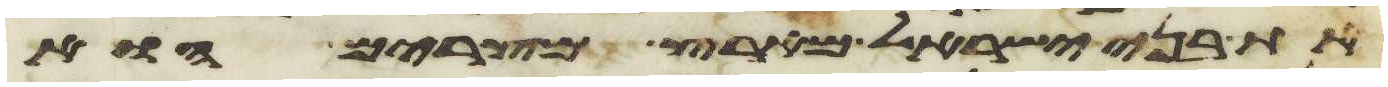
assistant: את בני ישראל מארץ מצרים הוא